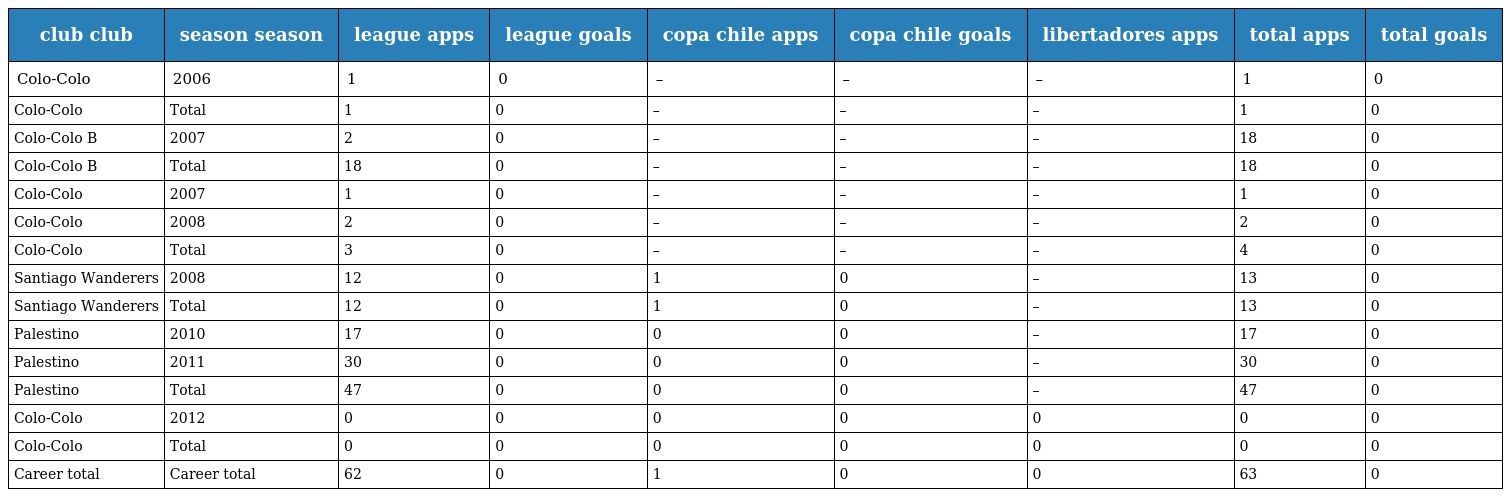
| club club | season season | league apps | league goals | copa chile apps | copa chile goals | libertadores apps | total apps | total goals |
 | --- | --- | --- | --- | --- | --- | --- | --- | --- |
 | Colo-Colo | 2006 | 1 | 0 | – | – | – | 1 | 0 |
 | Colo-Colo | Total | 1 | 0 | – | – | – | 1 | 0 |
 | Colo-Colo B | 2007 | 2 | 0 | – | – | – | 18 | 0 |
 | Colo-Colo B | Total | 18 | 0 | – | – | – | 18 | 0 |
 | Colo-Colo | 2007 | 1 | 0 | – | – | – | 1 | 0 |
 | Colo-Colo | 2008 | 2 | 0 | – | – | – | 2 | 0 |
 | Colo-Colo | Total | 3 | 0 | – | – | – | 4 | 0 |
 | Santiago Wanderers | 2008 | 12 | 0 | 1 | 0 | – | 13 | 0 |
 | Santiago Wanderers | Total | 12 | 0 | 1 | 0 | – | 13 | 0 |
 | Palestino | 2010 | 17 | 0 | 0 | 0 | – | 17 | 0 |
 | Palestino | 2011 | 30 | 0 | 0 | 0 | – | 30 | 0 |
 | Palestino | Total | 47 | 0 | 0 | 0 | – | 47 | 0 |
 | Colo-Colo | 2012 | 0 | 0 | 0 | 0 | 0 | 0 | 0 |
 | Colo-Colo | Total | 0 | 0 | 0 | 0 | 0 | 0 | 0 |
 | Career total | Career total | 62 | 0 | 1 | 0 | 0 | 63 | 0 |